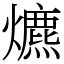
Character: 爊